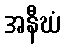
အနီဃံ